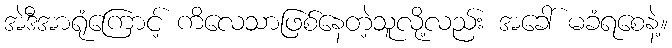
အဲဒီအာရုံကြောင့် ကိလေသာဖြစ်နေတဲ့သူလို့လည်း အခေါ် မခံရစေနဲ့။